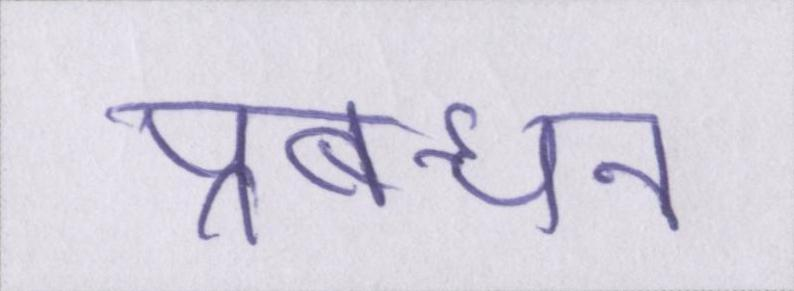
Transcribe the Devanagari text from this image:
प्रबन्धन